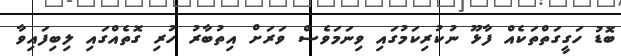
ބޮޑު ހަގީގަތްތަކެއް ފާޅޫ ނުކުރިކަމުގައި ވިނަމަވެސް ވަރަށް އިތުބާރު ހުރި ގޮތެއްގައި ލިބިފައިވާ